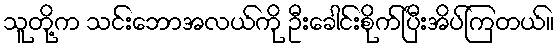
သူတို့က သင်းဘောအလယ်ကို ဦးခေါင်းစိုက်ပြီးအိပ်ကြတယ်။